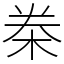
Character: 桊